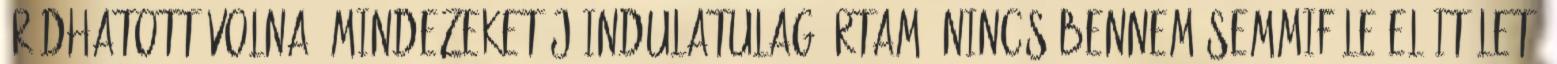
íródhatott volna. Mindezeket jóindulatulag írtam, nincs bennem semmiféle előitélet,